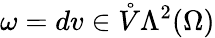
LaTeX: \omega=dv\in\mathring{V}\Lambda^{2}(\Omega)